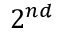
2 ^ { n d }